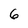
Character: 6